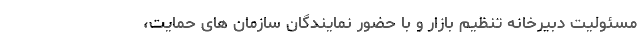
مسئولیت دبیرخانه تنظیم بازار و با حضور نمایندگان سازمان های حمایت،